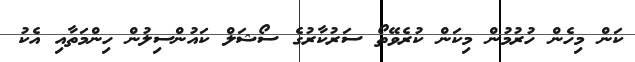
ކަން މިހެން ހުރުމުން މިކަން ކުރެވޭތޯ ސަރުކާރުގެ ސޯޝަލް ކައުންސިލުން ހިންމަތާއި އެކު